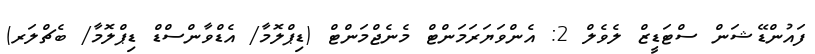
ފައުންޑޭޝަން ސްޓަޑީޒް ލެވެލް 2: އެންވަޔަރަމަންޓް މެނެޖްމަންޓް (ޑިޕްލޮމާ/ އެޑްވާންސްޑް ޑިޕްލޮމާ/ ބެޗްލަރ)